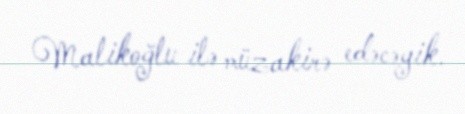
Malikoğlu ilə müzakirə edəcəyik.